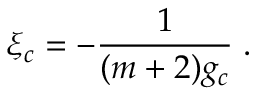
\xi _ { c } = - \frac { 1 } { ( m + 2 ) g _ { c } } \; .